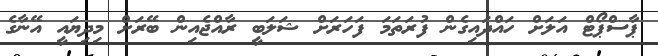
ޕާސްޕޯޓް އަލަށް ހައްދައިގެން ފުރަތަމަ ފަހަރަށް ޝަލަބީ ރާއްޖެއިން ބޭރަށް މިދިިޔައީ އޭނާގެ